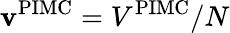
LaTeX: \mathbf{v}^{\mathrm{{PIMC}}}=V^{\mathrm{{PIMC}}}/N